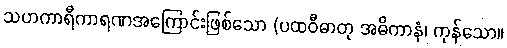
သဟကာရီကာရဏအကြောင်းဖြစ်သော (ပထဝီဓာတု အဓိကာနံ၊ ကုန်သော။